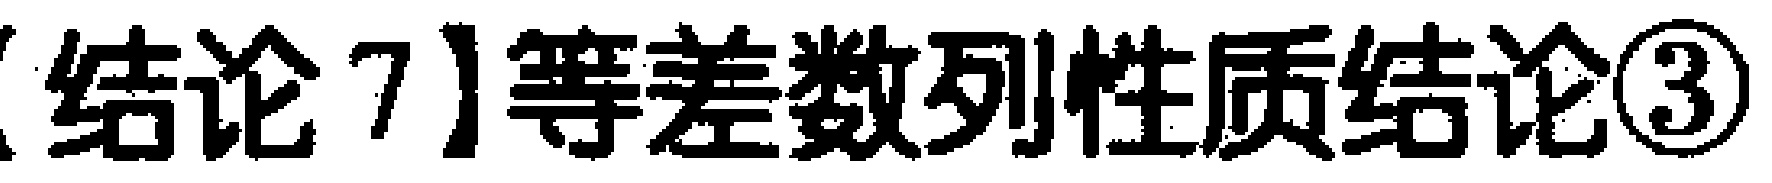
【结论 7】等差数列性质结论\textcircled{3}